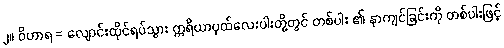
၂။ ဝိဟာရ = လျောင်းထိုင်ရပ်သွား ဣရိယာပုထ်လေးပါးတို့တွင် တစ်ပါး ၏ နာကျင်ခြင်းကို တစ်ပါးဖြင့်